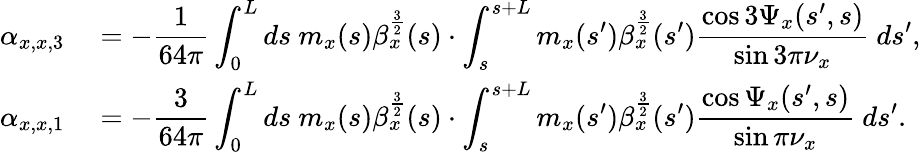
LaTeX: \begin{array}{rl}{\displaystyle\alpha_{x,x,3}}&{{}\displaystyle=-\frac{1}{64\pi}\int_{0}^{L}{ds\ m_{x}(s)\beta_{x}^{\frac{3}{2}}(s)\cdot\int_{s}^{s+L}m_{x}(s^{\prime})\beta_{x}^{\frac{3}{2}}(s^{\prime})\frac{\cos{3\Psi_{x}(s^{\prime},s)}}{\sin{3\pi\nu_{x}}}\ ds^{\prime}},}\\ {\displaystyle\alpha_{x,x,1}}&{{}\displaystyle=-\frac{3}{64\pi}\int_{0}^{L}{ds\ m_{x}(s)\beta_{x}^{\frac{3}{2}}(s)\cdot\int_{s}^{s+L}m_{x}(s^{\prime})\beta_{x}^{\frac{3}{2}}(s^{\prime})\frac{\cos{\Psi_{x}(s^{\prime},s)}}{\sin{\pi\nu_{x}}}\ ds^{\prime}}.}\end{array}